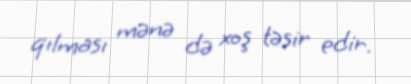
qılması mənə də xoş təsir edir.